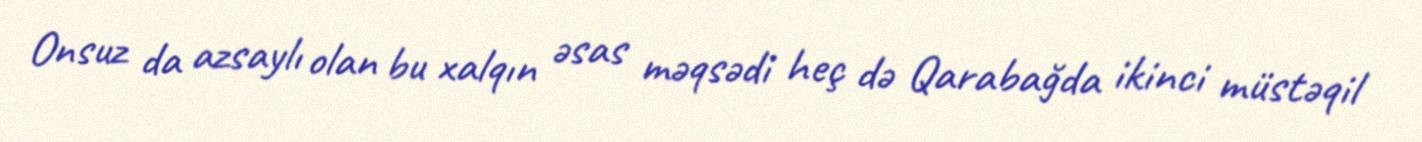
Onsuz da azsaylı olan bu xalqın əsas məqsədi heç də Qarabağda ikinci müstəqil